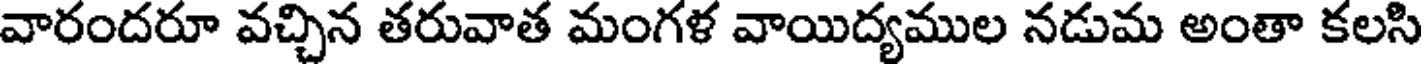
వారందరూ వచ్చిన తరువాత మంగళ వాయిద్యముల నడుమ అంతా కలసి